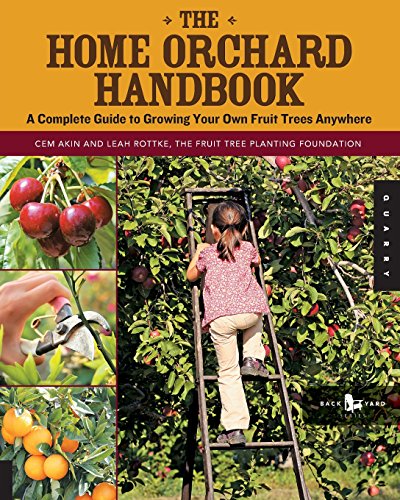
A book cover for The Home Orchard Handbook: A Complete Guide to Growing Your Own Fruit Trees Anywhere (Backyard Series); Cem Akin; Crafts, Hobbies & Home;